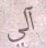
آلي